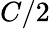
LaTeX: C/2